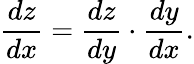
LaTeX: {\frac{dz}{dx}}={\frac{dz}{dy}}\cdot{\frac{dy}{dx}}.